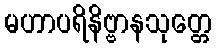
မဟာပရိနိဗ္ဗာနသုတ္တေ